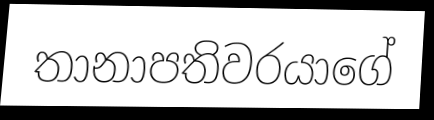
තානාපතිවරයාගේ